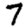
Digit: 7